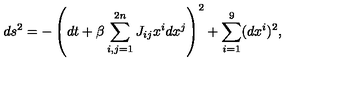
d s ^ { 2 } = - \left( d t + \beta \sum _ { i , j = 1 } ^ { 2 n } J _ { i j } x ^ { i } d x ^ { j } \right) ^ { 2 } + \sum _ { i = 1 } ^ { 9 } ( d x ^ { i } ) ^ { 2 } ,